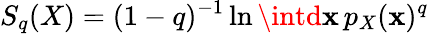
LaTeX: S_{q}(X)=(1-q)^{-1}\ln\intd\mathbf{x}\, p_{X}(\mathbf{x})^{q}